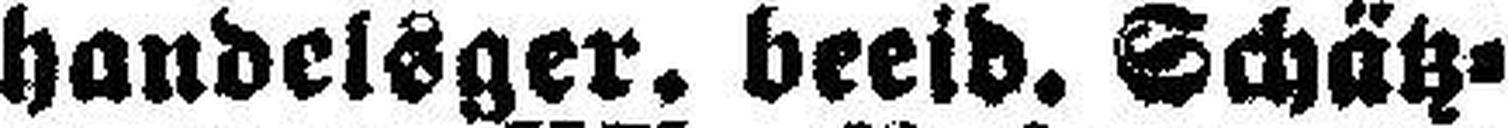
handelsger. beeid. Schätz¬